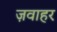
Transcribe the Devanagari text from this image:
ज़वाहर